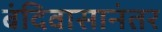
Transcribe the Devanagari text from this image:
बंदिवासानंतर